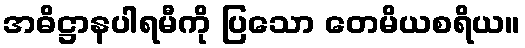
အဓိဋ္ဌာနပါရမီကို ပြသော တေမိယစရိယ။